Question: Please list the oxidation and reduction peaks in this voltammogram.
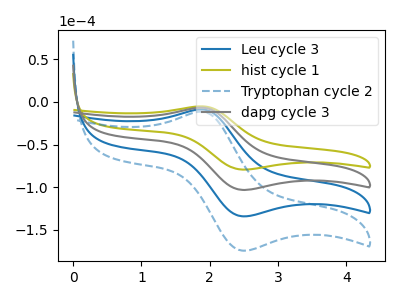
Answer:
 <answer>The blue curve "Leu cycle 3" has an anodic peak at (1.90V, -13.50uA) and a cathodic peak at (2.50V, -206.30uA). The olive curve "hist cycle 1" has an anodic peak at (1.90V, -5.20uA) and a cathodic peak at (2.50V, -79.35uA). The blue dashed curve "Tryptophan cycle 2" has an anodic peak at (1.90V, -20.20uA) and a cathodic peak at (2.50V, -309.50uA). The gray curve "dapg cycle 3" has an anodic peak at (1.90V, -6.75uA) and a cathodic peak at (2.50V, -103.15uA).</answer>
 <eval></eval>